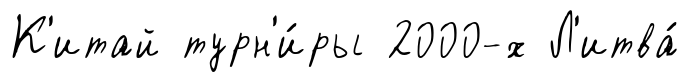
К'итай турн'и́ры 2000-х Л'итва́